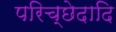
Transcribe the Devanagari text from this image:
परिच्छेदादि